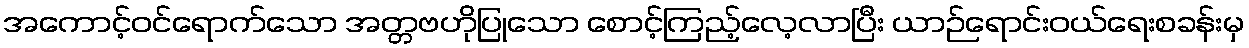
အကောင့်ဝင်ရောက်သော အတ္တဗဟိုပြုသော စောင့်ကြည့်လေ့လာပြီး ယာဉ်ရောင်းဝယ်ရေးစခန်းမှ